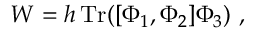
W = h \, \mathrm { T r } ( [ \Phi _ { 1 } , \Phi _ { 2 } ] \Phi _ { 3 } ) \ ,